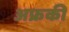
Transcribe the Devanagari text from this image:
अफ्रकी